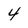
Character: 4